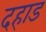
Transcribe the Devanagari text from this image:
दहाड